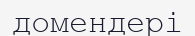
домендері